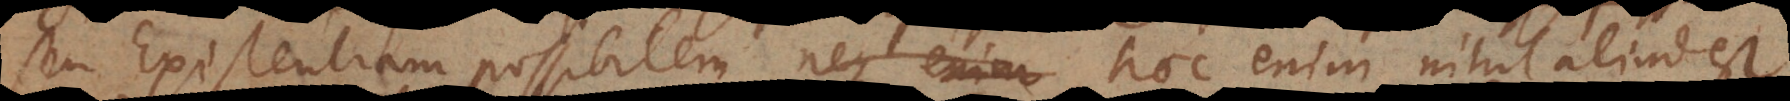
seu Existentiam possibilem, haec enim nihil aliud est